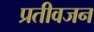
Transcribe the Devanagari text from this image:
प्रतीवजन